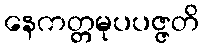
နေကတ္တမုပပဇ္ဇတိ